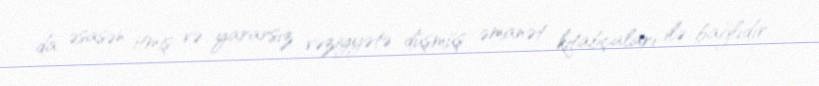
da əsasən itmiş və yararsız vəziyyətə düşmüş əmanət kitabçaları ilə bağlıdır.